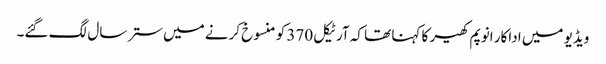
ویڈیو میں اداکار انوپم کھیر کا کہنا تھا کہ آرٹیکل 370 کو منسوخ کرنے میں ستر سال لگ گئے۔